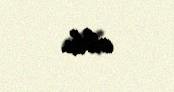
oldu.